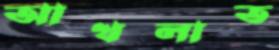
আখলাত